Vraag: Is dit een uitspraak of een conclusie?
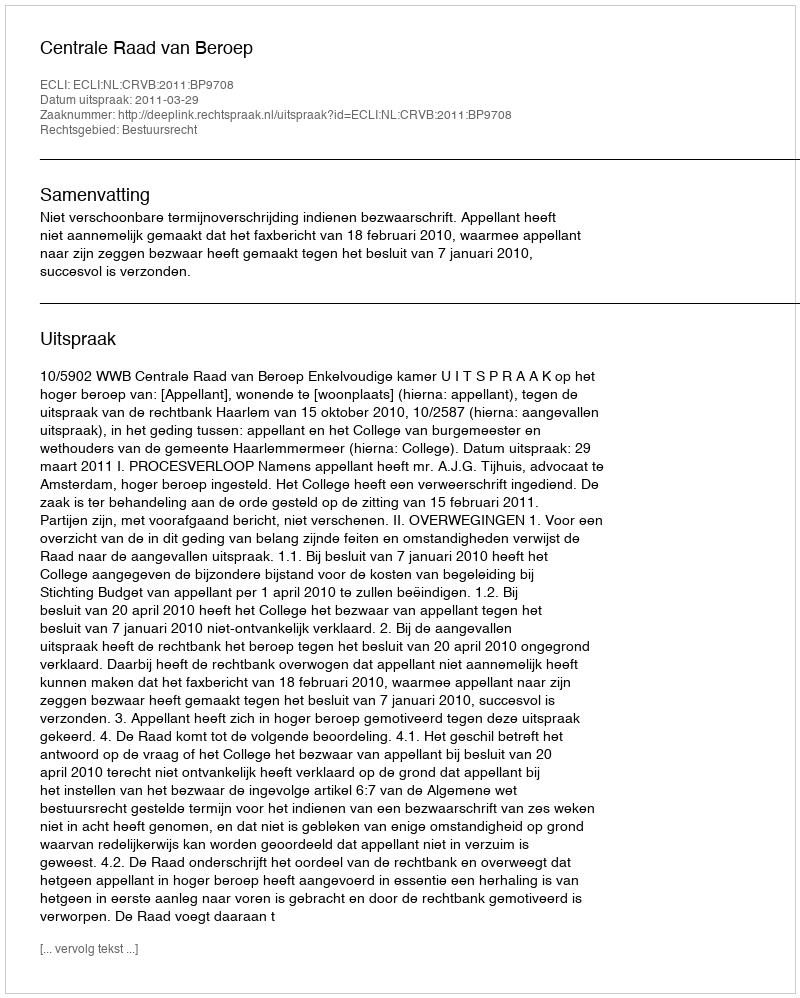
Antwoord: Uitspraak